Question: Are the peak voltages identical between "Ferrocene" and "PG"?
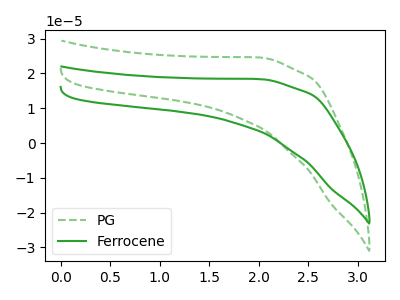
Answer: <think>The green dashed curve "PG" has no peaks. The green curve "Ferrocene" has no peaks.</think>
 <answer>Niether CV has any peaks.</answer>
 <eval>blanks</eval>